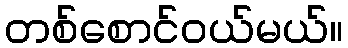
တစ်စောင်ဝယ်မယ်။